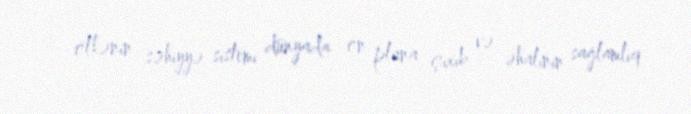
ölkənin səhiyyə sistemi dünyada ön plana çıxıb və əhalinin sağlamlıq